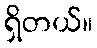
ရှိတယ်။